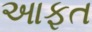
આફત